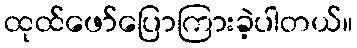
ထုထ်ဖော်ပြောကြားခဲ့ပါတယ်။